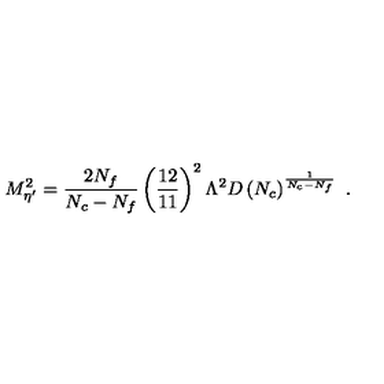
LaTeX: M _ { \eta ^ { \prime } } ^ { 2 } = \frac { 2 N _ { f } } { N _ { c } - N _ { f } } \left( \frac { 1 2 } { 1 1 } \right) ^ { 2 } \Lambda ^ { 2 } D \left( N _ { c } \right) ^ { \frac { 1 } { N _ { c } - N _ { f } } } \ .